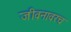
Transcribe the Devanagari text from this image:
जीवनावरच